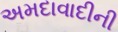
અમદાવાદીની